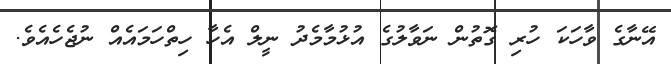
އޭނާގެ ވާހަކަ ހުރި ގޮތުން ނަވާލުގެ އުޅުމާމެދު ނީލް އެހާ ހިތްހަމައެއް ނުޖެހެއެވެ.